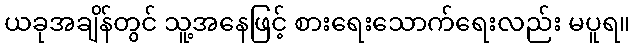
ယခုအချိန်တွင် သူ့အနေဖြင့် စားရေးသောက်ရေးလည်း မပူရ။